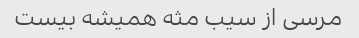
مرسی از سیب مثه همیشه بیست